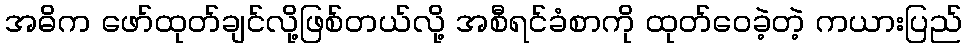
အဓိက ဖော်ထုတ်ချင်လို့ဖြစ်တယ်လို့ အစီရင်ခံစာကို ထုတ်ဝေခဲ့တဲ့ ကယားပြည်